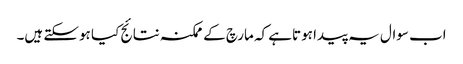
اب سوال یہ پیدا ہوتاہے کہ مارچ کے ممکنہ نتائج کیا ہوسکتے ہیں۔